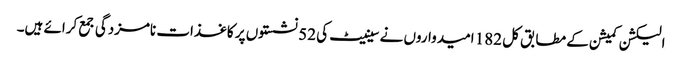
الیکشن کمیشن کے مطابق کل 182 امیدواروں نے سینیٹ کی 52 نشستوں پر کاغذات نامزدگی جمع کرائے ہیں۔